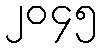
၂၀၄၅